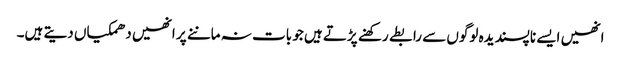
انھیں ایسے ناپسندیدہ لوگوں سے رابطے رکھنے پڑتے ہیں جو بات نہ ماننے پر انھیں دھمکیاں دیتے ہیں۔